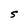
Character: S